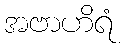
အဗာဟိရံ